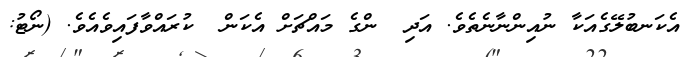
އެކަނބުލޭގެއަކާ ނުއިންނާނެތެވެ. އަދި  ންގެ މައްޗަށް އެކަން  ކުރައްވާފައިވެއެވެ. (ނޯޓު: